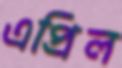
এপ্রিল